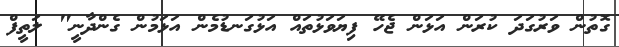
ގޮތުން ވަރުގަދަ ކުރަން އަޅަން ޖެހޭ ފިޔަވަޅުތައް އަޅުގަނޑުމެން އަޅަމުން ގެންދާނީ" ލަތީފް